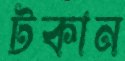
টকান